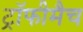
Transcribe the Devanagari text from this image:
ट्रॉफीमैच